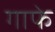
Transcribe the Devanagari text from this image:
गाफे